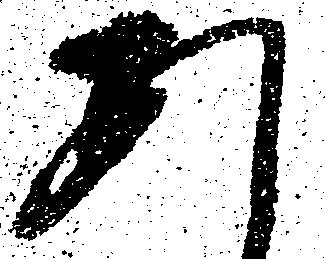
あ